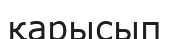
қарысып